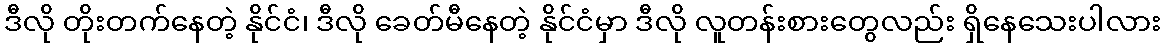
ဒီလို တိုးတက်နေတဲ့ နိုင်ငံ၊ ဒီလို ခေတ်မီနေတဲ့ နိုင်ငံမှာ ဒီလို လူတန်းစားတွေလည်း ရှိနေသေးပါလား